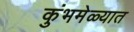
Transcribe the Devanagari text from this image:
कुंभमेळ्यात